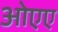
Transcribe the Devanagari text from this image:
ओएए